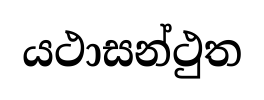
යථාසන්ථුත